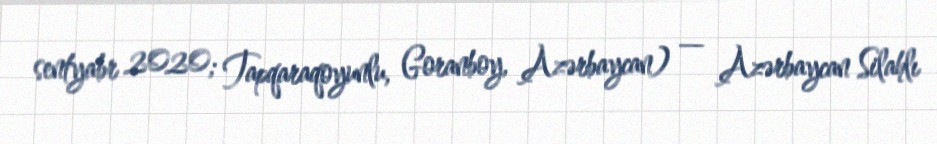
sentyabr 2020; Tapqaraqoyunlu, Goranboy, Azərbaycan) — Azərbaycan Silahlı